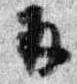
再